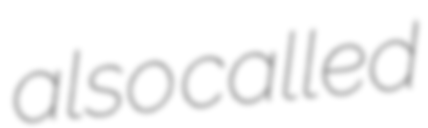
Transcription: also called